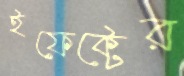
ইফেক্টের